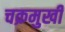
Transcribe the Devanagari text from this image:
चक्रमुखी